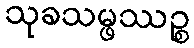
သုခသမ္ဖဿဉ္စ